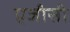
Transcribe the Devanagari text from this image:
एजीसी